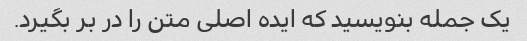
یک جمله بنویسید که ایده اصلی متن را در بر بگیرد.